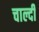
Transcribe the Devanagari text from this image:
चाल्दी